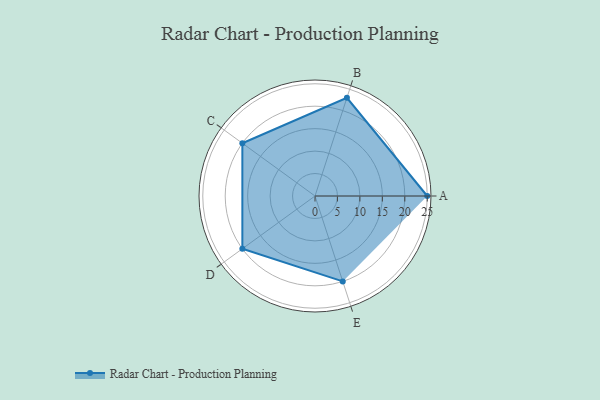
{"axis": {"x": "Skill", "y": "Score"}, "legend": ["Profile"], "data": [{"x": "A", "y": 25.0, "type": "Profile"}, {"x": "B", "y": 23.0, "type": "Profile"}, {"x": "C", "y": 20, "type": "Profile"}, {"x": "D", "y": 20, "type": "Profile"}, {"x": "E", "y": 20, "type": "Profile"}]}